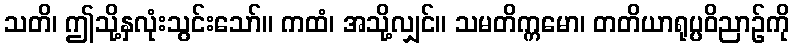
သတိ၊ ဤသို့နှလုံးသွင်းသော်။ ကထံ၊ အသို့လျှင်။ သမတိက္ကမော၊ တတိယာရုပ္ပဝိညာဉ်ကို